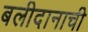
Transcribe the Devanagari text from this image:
बलीदानाची